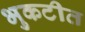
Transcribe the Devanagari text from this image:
भुकटीत